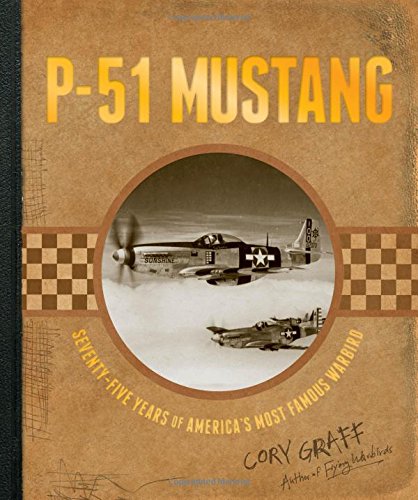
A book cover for P-51 Mustang: Seventy-Five Years of America's Most Famous Warbird; Cory Graff; History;